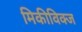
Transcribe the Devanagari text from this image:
मिकीविक्ज